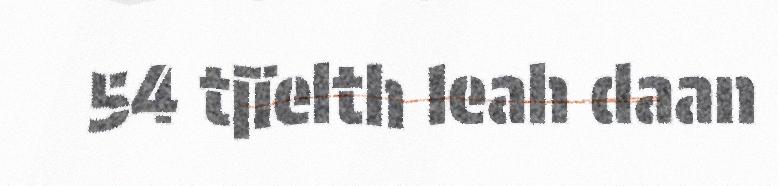
54 tjïelth leah daan